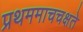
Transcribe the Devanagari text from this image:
प्रथममाचचक्षते